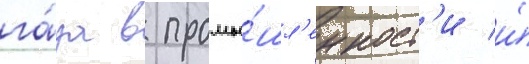
га́за в промы́шл'енност'и и́